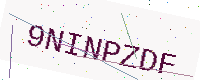
Text: 9NINPZDF